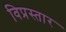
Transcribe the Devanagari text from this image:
विप्रस्तार